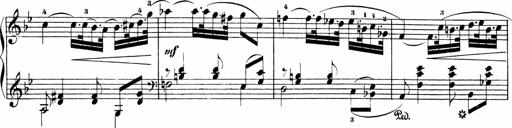
Title: Sonatinen Op.47, 98 und 136, nebst 6 Liedersonatinen
Composer: Carl Reinecke